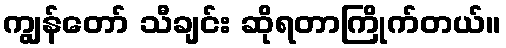
ကျွန်တော် သီချင်း ဆိုရတာကြိုက်တယ်။